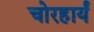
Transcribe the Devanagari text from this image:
चोरहार्यं